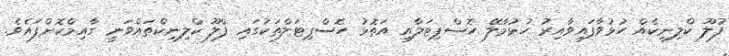
ފުލޫ ކްލިނިކެއް ހުޅުވާފައިވާއިރު ހުޅުމާލޭ ހޮސްޕިޓަލާއި އަތޮޅު ހޮސްޕިޓަލްތަކުގައި ފްލޫ ކްލިނިކްތައްވަނީ ގާއިމްކޮށްފައެވެ.